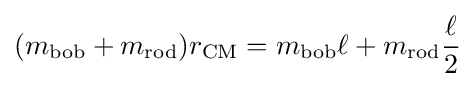
(m_{\mathrm {bob} }+m_{\mathrm {rod} })r_{\mathrm {CM} }=m_{\mathrm {bob} }\ell +m_{\mathrm {rod} }{\frac {\ell }{2}}